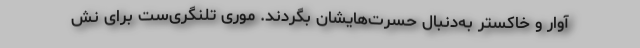
آوار و خاکستر به‌دنبال حسرت‌هایشان بگردند. موری تلنگری‌ست برای نش